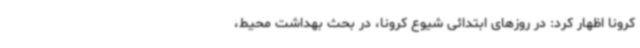
کرونا اظهار کرد: در روزهای ابتدائی شیوع کرونا، در بحث بهداشت محیط،